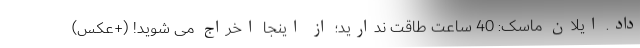
داد. ایلان ماسک: 40 ساعت طاقت ندارید؛ از اینجا اخراج می شوید! (+عکس)